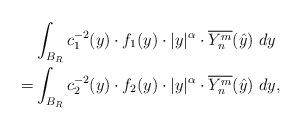
\begin{align*}& \int_{B_R} c_1^{-2}(y)\cdot f_1(y)\cdot |y|^\alpha\cdot \overline{Y_n^m}(\hat y)\ dy\\=& \int_{B_R} c_2^{-2}(y)\cdot f_2(y)\cdot |y|^\alpha \cdot \overline{Y_n^m}(\hat y)\ dy,\end{align*}